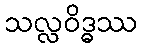
သလ္လဝိဒ္ဓဿ